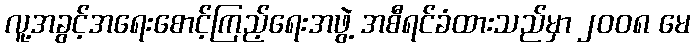
လူ့အခွင့်အရေးစောင့်ကြည့်ရေးအဖွဲ့ အစီရင်ခံထားသည်မှာ ၂၀၀၈ မေ